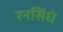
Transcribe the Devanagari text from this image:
रनसिंधे